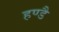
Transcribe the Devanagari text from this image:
हण्डै